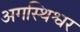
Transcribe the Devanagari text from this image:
अगस्थिश्वर